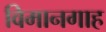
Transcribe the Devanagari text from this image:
विमानगाह